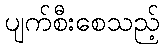
ပျက်စီးစေသည့်